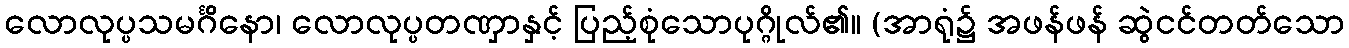
လောလုပ္ပသမင်္ဂိနော၊ လောလုပ္ပတဏှာနှင့် ပြည့်စုံသောပုဂ္ဂိုလ်၏။ (အာရုံ၌ အဖန်ဖန် ဆွဲငင်တတ်သော